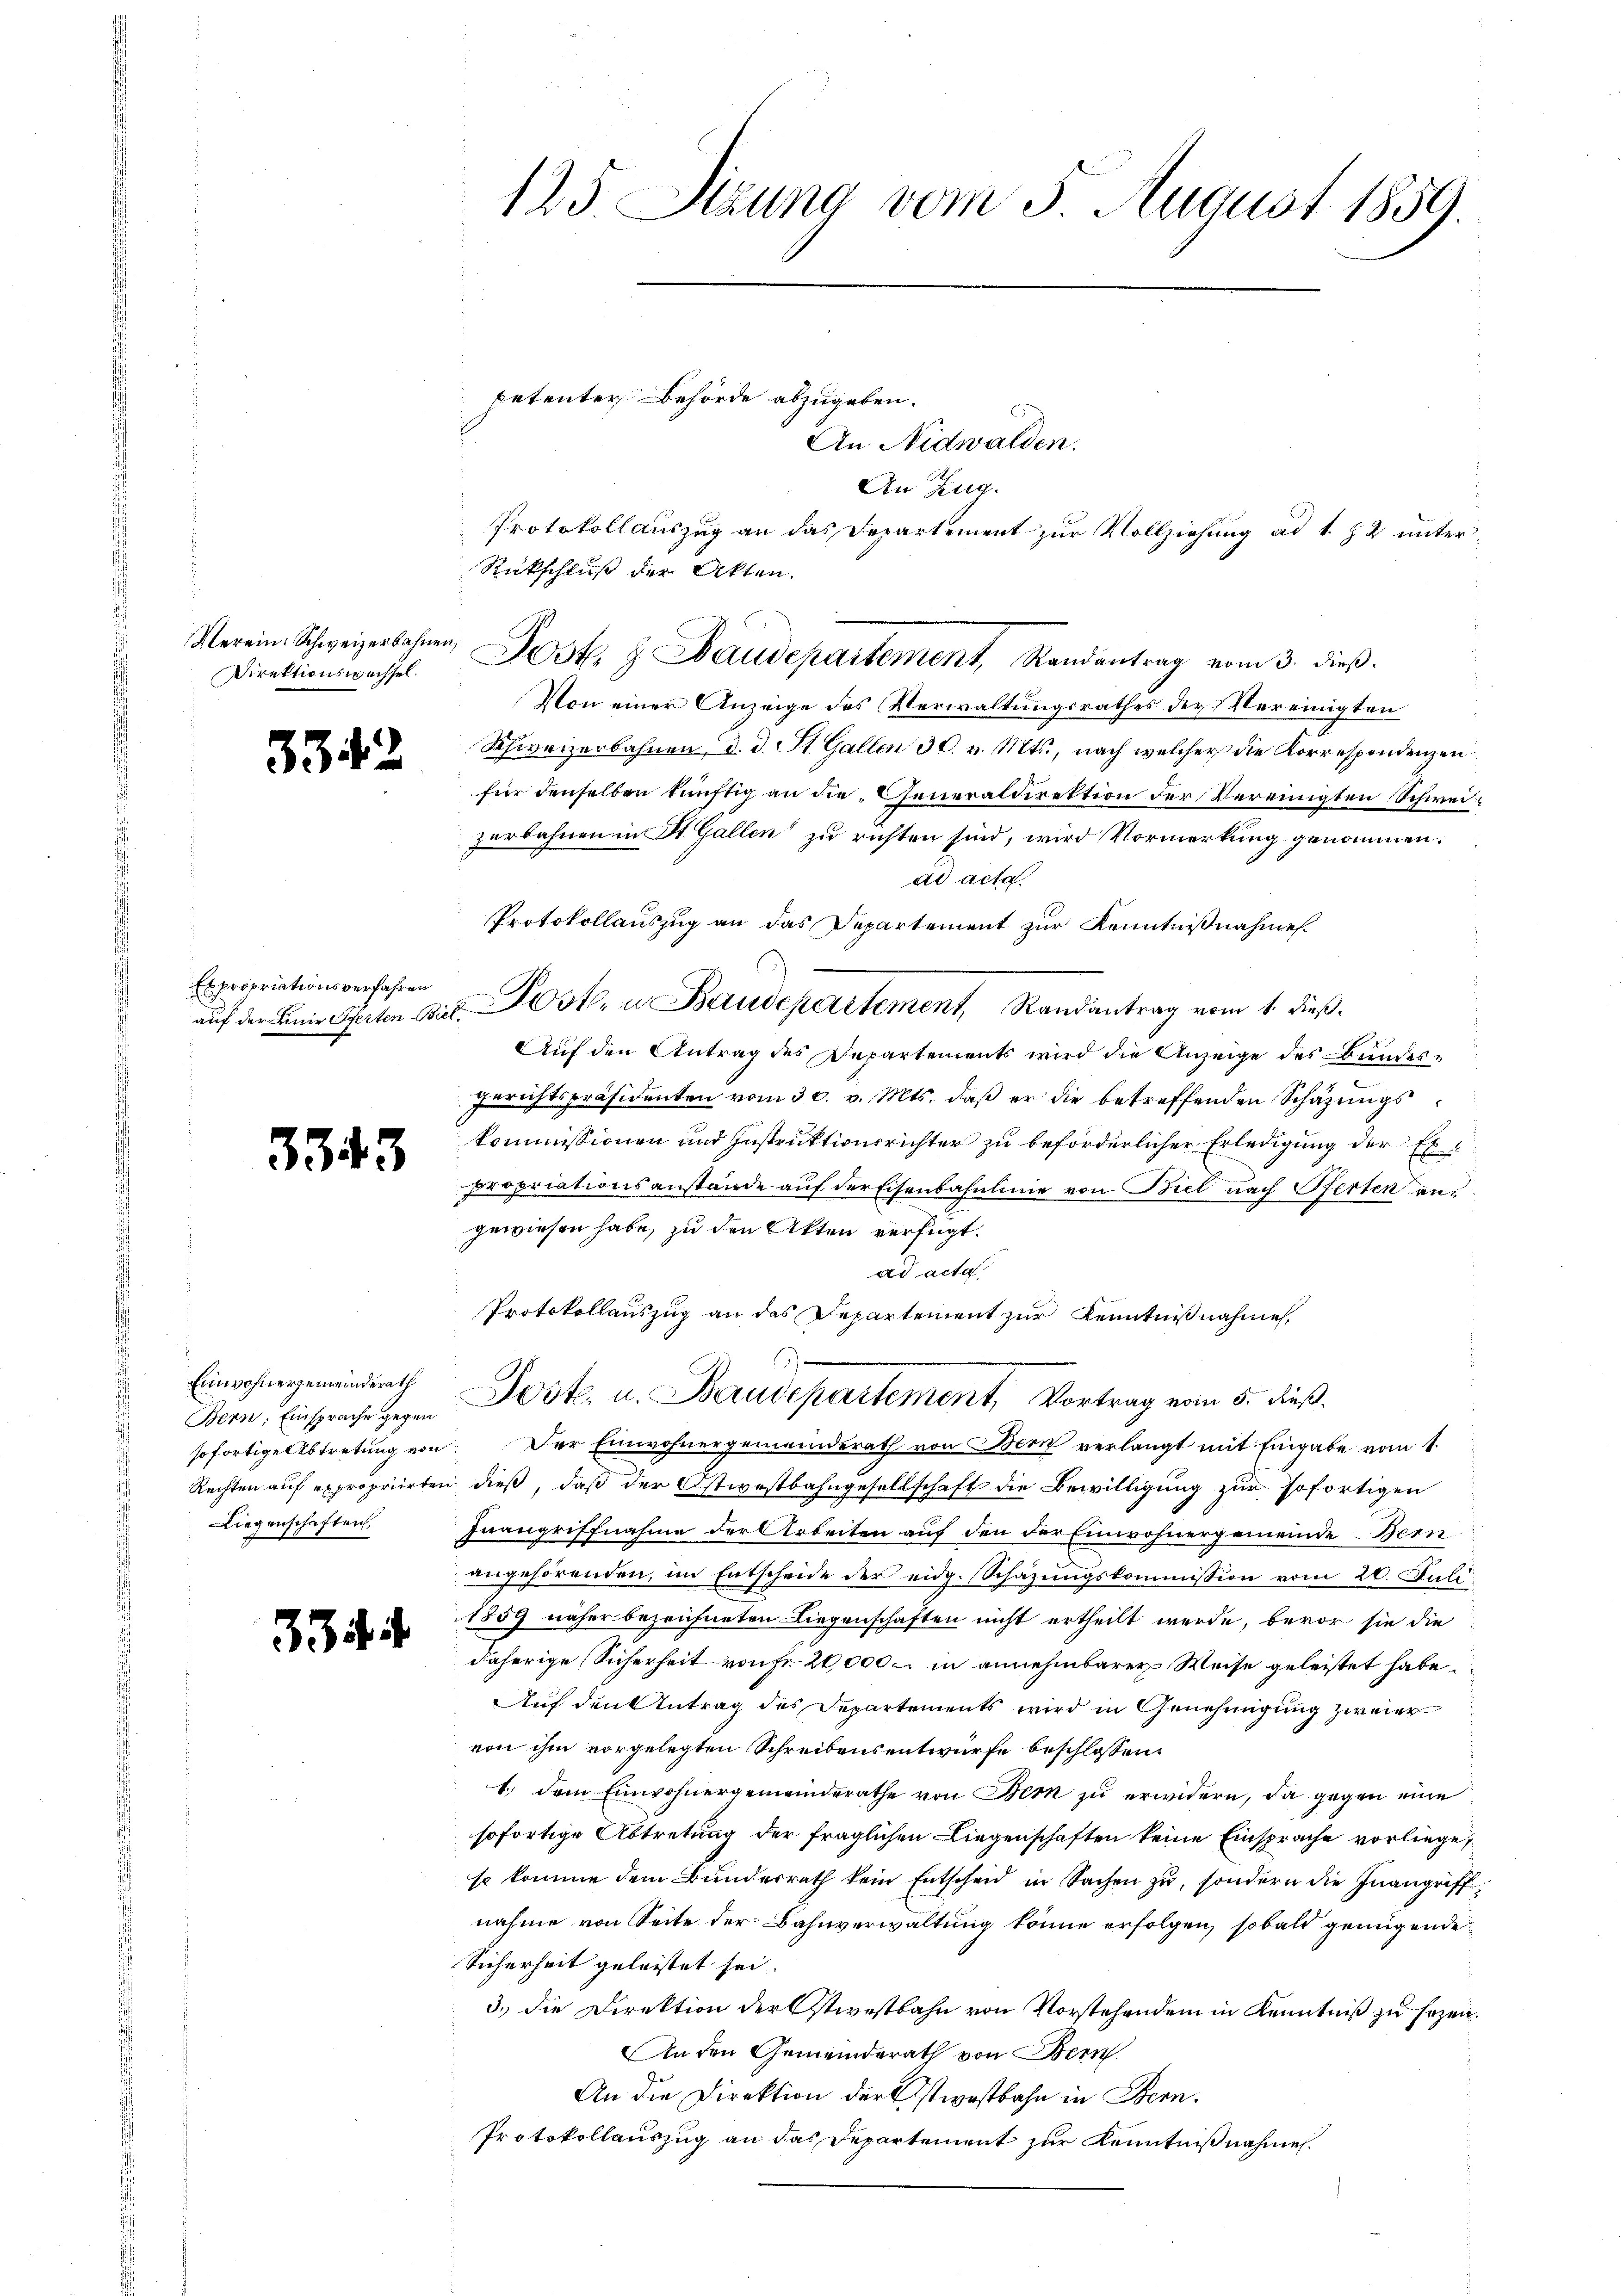
Verein: Schweizerbahnen,
Direktionswechsel.

3342

Es propriationsverfahren

3343

Einwohnergemeinderath
Bern, Einsprache gegen
sofortige Abtretung von
Liegenschaften

334

125. Sizung vom 5. August 1859.

petenter Behörde abzugeben.

An Nidwalden.
An Zug.
Protokoll auszug an das Departement zur Vollziehung ad 1. 82 unter¬
Rückschluß der Akten.
Von einer Anzeige des Verwaltungsrathes der Vereinigten
Schweizerbahnen, d. d. St. Gallen 30. v. Mts., nach welcher die Korrespondenzenfür denselben künftig an die Generaldirektion der Vereinigten Schweizerbahnen in St. Gallen zu richten sind, wird Vormerkung genommen.
ad acta.
Protokollauszug an das Departement zur Kenntnißnahme.
auf der Beine Paten Auf Post, u. Baudepartement, Randantrag vom 1. dieß.
Auf den Antrag des Departements wird die Anzeige des Bundes¬
Gerichtspräsidenten vom 30. v. Mts. daß er die betreffenden Schazungskommissionen und Instruktionsrichter zu beförderlicher Erledigung der Expropriationsanstände auf der Eisenbahnlinie von Biel nach Pferten an
gewiesen habe, zu den Akten verfügt:
ad acta
Protokollauszug an das Departement zur Kenntnißnahmen,
Jost u. Baudepartement, Vortrag vom 5. dieß.
Der Einwohnergemeinderath von Bern verlangt mit Eingabe vom 1.
Rechten auf expropriirten dieß, daß der Ostwestbahngesellschaft die Bewilligung zur sofortigen
Inangriffnahme der Arbeiten auf den der Einwohnergemeinde Bern
angehörenden, im Entscheide der eidg. Schazungskommission vom 20. Juli
1859 näher bezeichneten Liegenschaften nicht ertheilt werde, bevor sie die
daherige Sicherheit von Fr. 20,000. in annehmbarer Weise geleistet habe.
Auf den Antrag des Departements wird in Genehmigung zweiervon ihm vorgelegten Schreibensentwurfe beschlossen:
1.) Dem Einwohnergemeinderathe von Bern zu erwidern, da gegen eine
sofortige Abtretung der fraglichen Liegenschaften keine Einsprache vorliege,
so komme dem Bundesrath kein Entscheid in Sachen zu, sondern die Inangriffnahme von Seite der Bahnverwaltung könne erfolgen, sobald genügende
Sicherheit geleistet sei.
3.) Die Direktion der Ostwestbahn von Vorstehendem in Kenntniß zu sezen.
An den Gemeinderath von Bern
An die Direktion der Estwostbahn in Bern.
Protokollauszug an das Departement zur Kenntnißnahmen.

Post. H. Baudepartement, Randantrag vom 3. dieß.